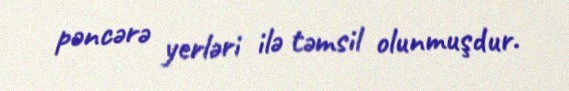
pəncərə yerləri ilə təmsil olunmuşdur.